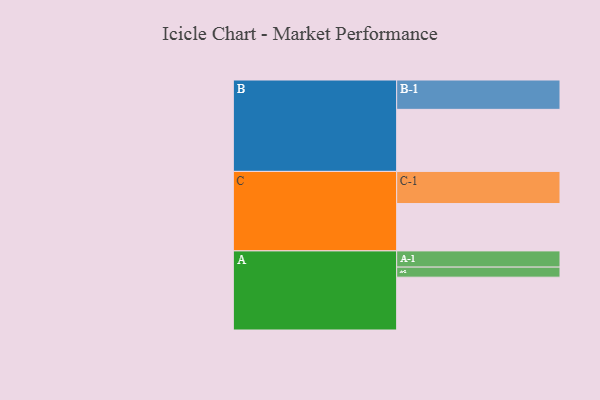
{"axis": {"x": "Segment", "y": "Value"}, "legend": ["", "A", "B", "C"], "data": [{"x": "A", "y": 378, "type": ""}, {"x": "B", "y": 444, "type": ""}, {"x": "C", "y": 339, "type": ""}, {"x": "A-1", "y": 116, "type": "A"}, {"x": "A-2", "y": 72, "type": "A"}, {"x": "B-1", "y": 210, "type": "B"}, {"x": "C-1", "y": 230, "type": "C"}]}